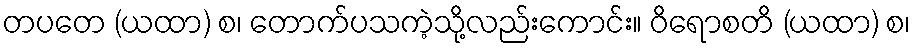
တပတေ (ယထာ) စ၊ တောက်ပသကဲ့သို့လည်းကောင်း။ ဝိရောစတိ (ယထာ) စ၊